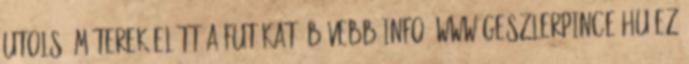
utolsó méterek előtt a futókat. Bővebb info: www.geszlerpince.hu Ez